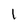
Character: l